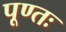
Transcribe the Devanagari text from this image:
पूण्तः